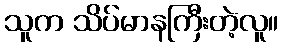
သူက သိပ်မာနကြီးတဲ့လူ။